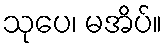
သုပေ၊ မအိပ်။